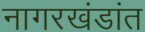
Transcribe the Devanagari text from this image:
नागरखंडांत